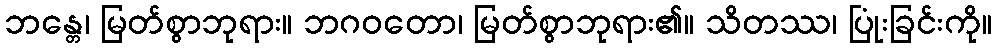
ဘန္တေ၊ မြတ်စွာဘုရား။ ဘဂဝတော၊ မြတ်စွာဘုရား၏။ သိတဿ၊ ပြုံးခြင်းကို။